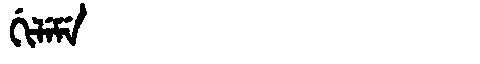
Manchu: ᡤᡳᠯᡝᠮᡝ
Romanization: GILEME